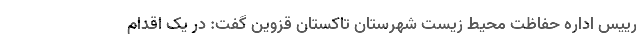
رییس اداره حفاظت محیط زیست شهرستان تاکستان قزوین گفت: در یک اقدام